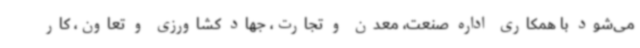
می‌شود با همکاری اداره صنعت، معدن و تجارت، جهاد کشاورزی و تعاون، کار